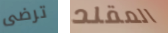
ترضى المقلد